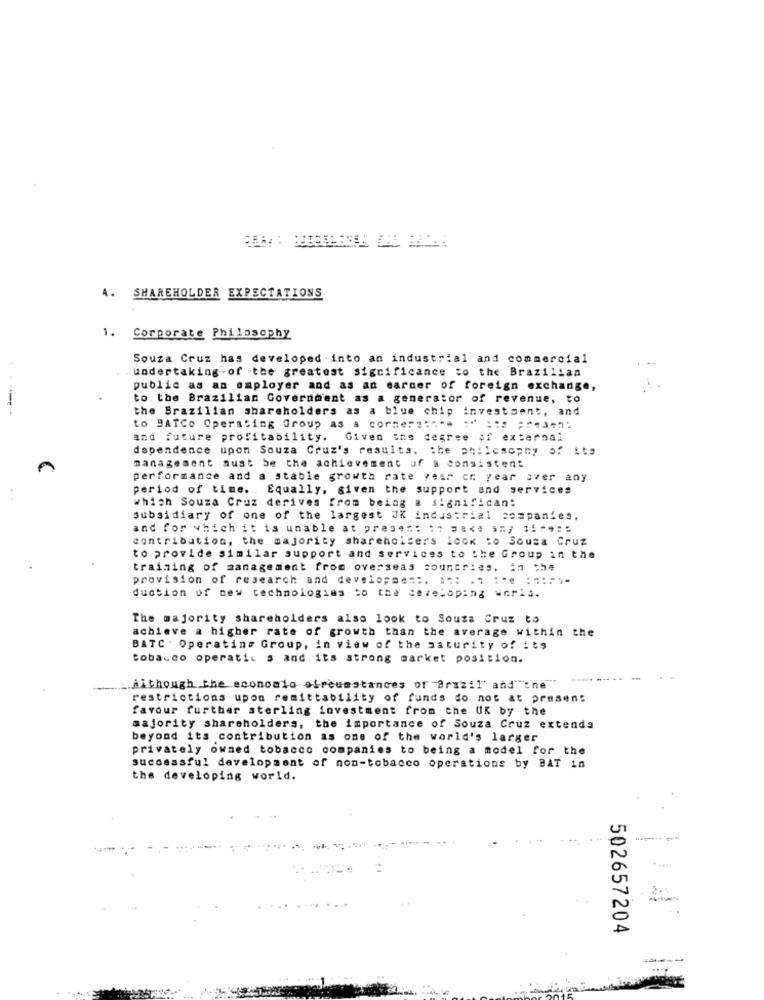
A. SHAREHOLDER EXPECTATIONS
1. Corporate Philosophy
Souza Cruz has developed into an industrial and commercial
. . Undertaking -of -the greatest significance to the Brazilian
public as an employer and as an earner of foreign exchange,
to. the Brazilian Government as a generator of revenue, to
the Brazilian shareholders as a blue chip investsent, and
to BATCo Operating Group as a corner2 :*** ** == = ⑈een!
and future profitability. Given the degree of external
dependence upon Souza Cruz's resulta. the philosophy of its
management must be the achievement uf a consistent
performance and a stable growth rate yesr cr year aver any
period of time. Equally, given the support and services
which Souza Cruz derives from being a significant
subsidiary of one of the largest JK industrial companies,
and for which it is unable at presen: : " 58 <: amy fire ::
contribution, the majority shareholders look to Sousa Cruz
to provide similar support and services to the Group in the
training of management from overseas countries. in the
provision of research and development :. :: . " :"" :":">-
duction of new technologies to the developing world.
The majority shareholders also look to Sousa Cruz to
achieve a higher rate of growth than the average within the
BATC . Operating Group, in view of the maturity of its
tobacco operatic s and its strong market position.
Although the economlo circumstances of Brazil and the
restrictions upon remittability of funds do not at present
favour further sterling investment from the UK by the
majority shareholders, the importance of Souza Cruz extends
beyond its contribution as one of the world's larger
privately owned tobacco companies to being a model for the
successful development of non-tobacco operations by BAT in
the developing world.
502657204